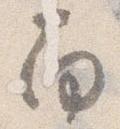
南